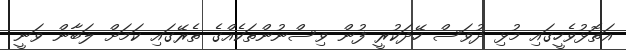
އަތޮޅުވެހީގައި މުޅި ދުވަސް ހޭދަކުރީ ފުން ވިސްނުންތަކެއްގެ ތެރޭގައި ކަމަށް ލަބާން ވަނީ